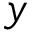
y